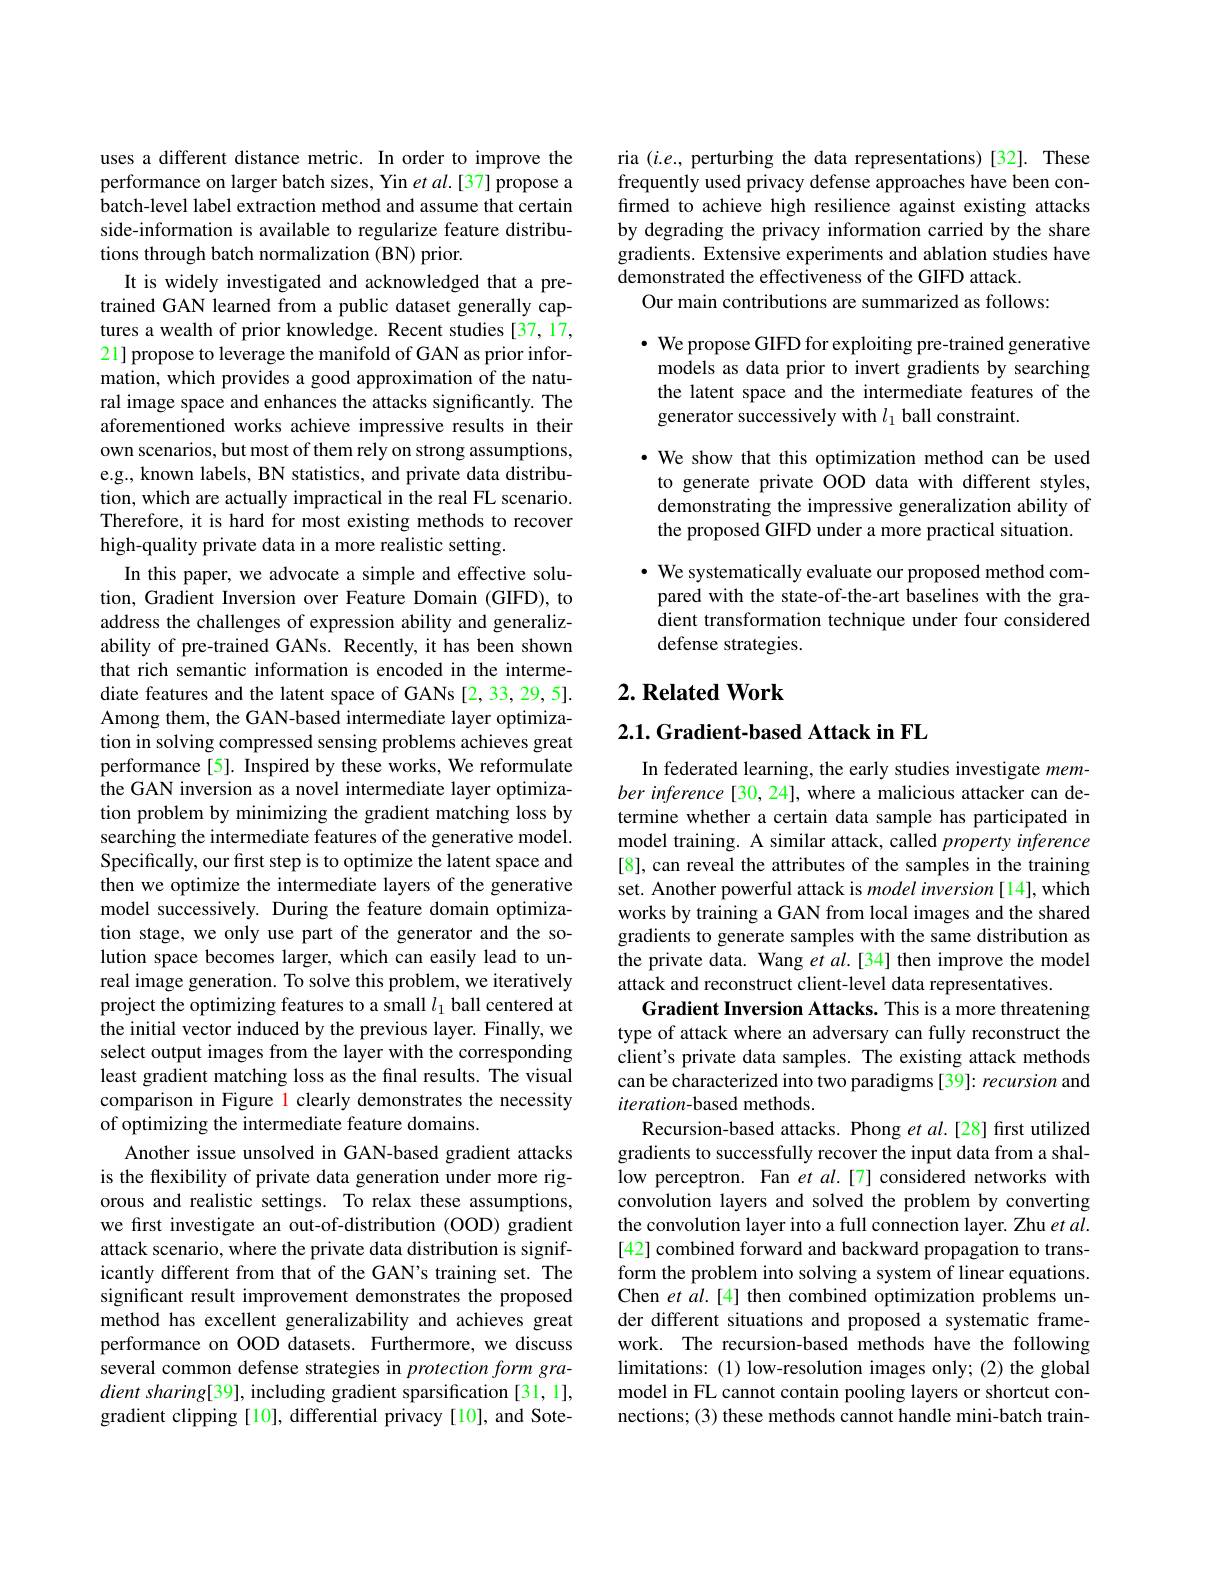
uses a different distance metric. In order to improve the performance on larger batch sizes, Yin $etal.[37]$ propose a batch-level label extraction method and assume that certain side-information is available to regularize feature distributions through batch normalization (BN) prior.
It is widely investigated and acknowledged that a pretrained GAN learned from a public dataset generally captures a wealth of prior knowledge. Recent studies [37,17, 21] propose to leverage the manifold of GAN as prior information, which provides a good approximation of the natural image space and enhances the attacks significantly. The aforementioned works achieve impressive results in their own scenarios, but most of them rely on strong assumptions, e.g., known labels, BN statistics, and private data distribution, which are actually impractical in the real FL scenario. Therefore, it is hard for most existing methods to recover high-quality private data in a more realistic setting.
In this paper, we advocate a simple and effective solution, Gradient Inversion over Feature Domain (GIFD), to address the challenges of expression ability and generalizability of pre-trained GANs. Recently, it has been shown that rich semantic information is encoded in the intermediate features and the latent space of GANs [2,33,29,5]. Among them, the GAN-based intermediate layer optimization in solving compressed sensing problems achieves great performance [5]. Inspired by these works, We reformulate the GAN inversion as a novel intermediate layer optimization problem by minimizing the gradient matching loss by searching the intermediate features of the generative model. Specifically, our first step is to optimize the latent space and then we optimize the intermediate layers of the generative model successively. During the feature domain optimization stage, we only use part of the generator and the solution space becomes larger, which can easily lead to unreal image generation. To solve this problem, we iteratively project the optimizing features to a small $l_1$ ball centered at the initial vector induced by the previous layer. Finally, we select output images from the layer with the corresponding least gradient matching loss as the final results. The visual comparison in Figure l clearly demonstrates the necessity of optimizing the intermediate feature domains.
Another issue unsolved in GAN-based gradient attacks is the flexibility of private data generation under more rigorous and realistic settings. To relax these assumptions, we first investigate an out-of-distribution (OOD) gradient attack scenario, where the private data distribution is significantly different from that of the GAN's training set. The significant result improvement demonstrates the proposed method has excellent generalizability and achieves great performance on OOD datasets. Furthermore, we discuss several common defense strategies in protection form gradient sharing[39], including gradient sparsification [31,1], gradient clipping [10], differential privacy [10], and Sote-

ria $(i.e.$, perturbing the data representations)[32]. These frequently used privacy defense approaches have been confirmed to achieve high resilience against existing attacks by degrading the privacy information carried by the share gradients. Extensive experiments and ablation studies have demonstrated the effectiveness of the GIFD attack.
Our main contributions are summarized as follows:

$\cdot$ We propose GIFD for exploiting pre-trained generative models as data prior to invert gradients by searching the latent space and the intermediate features of the generator successively with $l_1$ ball constraint.

· We show that this optimization method can be used to generate private OOD data with different styles, demonstrating the impressive generalization ability of the proposed GIFD under a more practical situation.

· We systematically evaluate our proposed method compared with the state-of-the-art baselines with the gradient transformation technique under four considered defense strategies.

## $2. \textbf{Related Work}$

2.1. Gradient-based Attack in FL

In federated learning, the early studies investigate member inference[30, 24], where a malicious attacker can determine whether a certain data sample has participated in model training. A similar attack, called property inference [8], can reveal the attributes of the samples in the training set. Another powerful attack is model inversion [14], which works by training a GAN from local images and the shared gradients to generate samples with the same distribution as the private data. Wang et $al.[34]$ then improve the model attack and reconstruct client-level data representatives.
Gradient Inversion Attacks. This is a more threatening type of attack where an adversary can fully reconstruct the client's private data samples. The existing attack methods can be characterized into two paradigms [39]: recursion and iteration-based methods.
Recursion-based attacks. Phong $etal.[28]$ first utilized gradients to successfully recover the input data from a shallow perceptron. Fan et al.[7] considered networks with convolution layers and solved the problem by converting the convolution layer into a full connection layer. Zhu $et\textit{al}.$ [42] combined forward and backward propagation to transform the problem into solving a system of linear equations. Chen et al.[4] then combined optimization problems under different situations and proposed a systematic framework. The recursion-based methods have the following limitations: (1) low-resolution images only; (2) the global model in FL cannot contain pooling layers or shortcut connections; (3) these methods cannot handle mini-batch train-